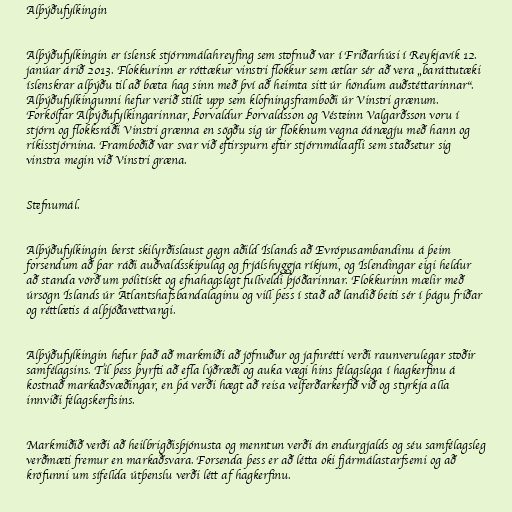
Alþýðufylkingin

Alþýðufylkingin er íslensk stjórnmálahreyfing sem stofnuð var í Friðarhúsi í Reykjavík 12.
janúar árið 2013. Flokkurinn er róttækur vinstri flokkur sem ætlar sér að vera „baráttutæki
íslenskrar alþýðu til að bæta hag sinn með því að heimta sitt úr höndum auðstéttarinnar“.
Alþýðufylkingunni hefur verið stillt upp sem klofningsframboði úr Vinstri grænum.
Forkólfar Alþýðufylkingarinnar, Þorvaldur Þorvaldsson og Vésteinn Valgarðsson voru í
stjórn og flokksráði Vinstri grænna en sögðu sig úr flokknum vegna óánægju með hann og
ríkisstjórnina. Framboðið var svar við eftirspurn eftir stjórnmálaafli sem staðsetur sig
vinstra megin við Vinstri græna.

Stefnumál.

Alþýðufylkingin berst skilyrðislaust gegn aðild Íslands að Evrópusambandinu á þeim
forsendum að þar ráði auðvaldsskipulag og frjálshyggja ríkjum, og Íslendingar eigi heldur
að standa vörð um pólitískt og efnahagslegt fullveldi þjóðarinnar. Flokkurinn mælir með
úrsögn Íslands úr Atlantshafsbandalaginu og vill þess í stað að landið beiti sér í þágu friðar
og réttlætis á alþjóðavettvangi.

Alþýðufylkingin hefur það að markmiði að jöfnuður og jafnrétti verði raunverulegar stoðir
samfélagsins. Til þess þyrfti að efla lýðræði og auka vægi hins félagslega í hagkerfinu á
kostnað markaðsvæðingar, en þá verði hægt að reisa velferðarkerfið við og styrkja alla
innviði félagskerfisins.

Markmiðið verði að heilbrigðisþjónusta og menntun verði án endurgjalds og séu samfélagsleg
verðmæti fremur en markaðsvara. Forsenda þess er að létta oki fjármálastarfsemi og að
kröfunni um sífellda útþenslu verði létt af hagkerfinu.